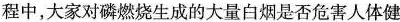
程中，大家对磷燃烧生成的大量白烟是否危害人体健